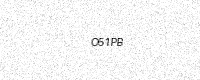
Text: O51PB